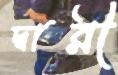
দ্বারী